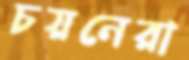
চয়নেরা